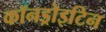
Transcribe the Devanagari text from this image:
कॉनड्रोइटिन